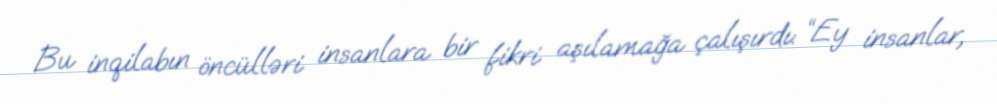
Bu inqilabın öncülləri insanlara bir fikri aşılamağa çalışırdı: “Ey insanlar,